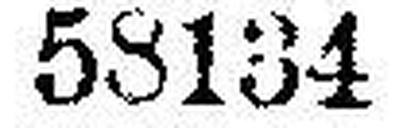
58134